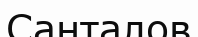
Санталов